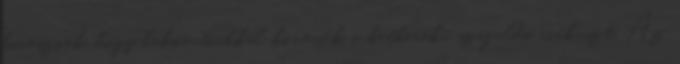
kivesznek, hogy lakóautóikkal kövessék a kétkerekű száguldó cirkuszt. Az